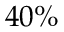
4 0 \%